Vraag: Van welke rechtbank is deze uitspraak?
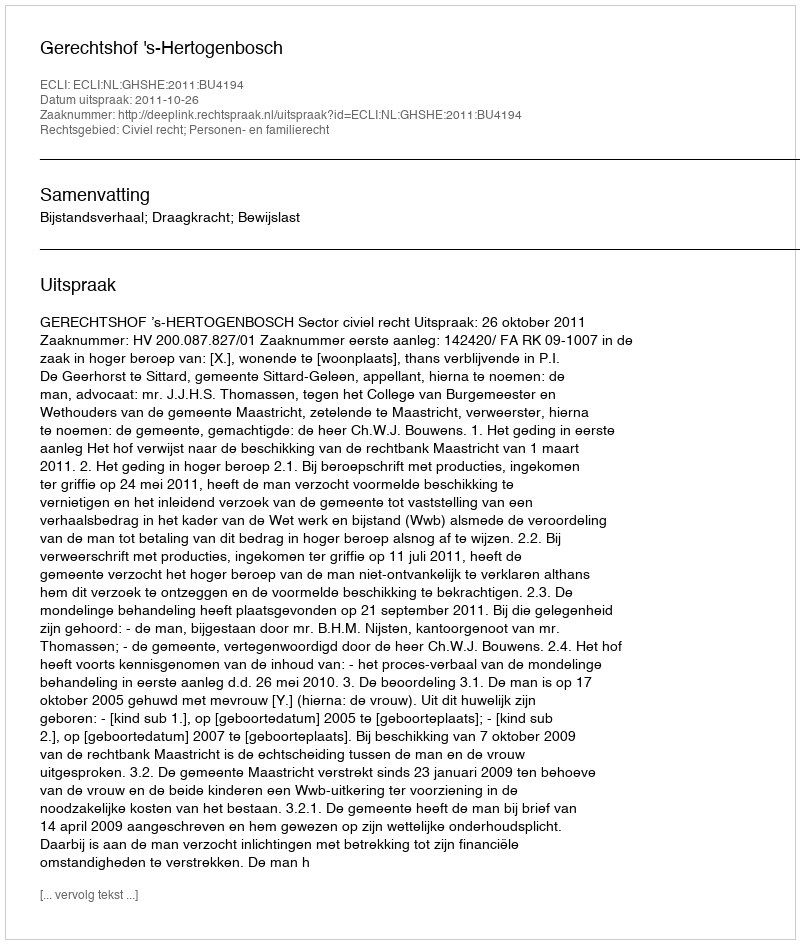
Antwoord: Gerechtshof 's-Hertogenbosch